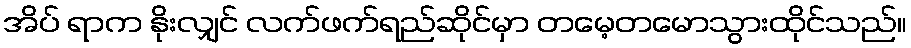
အိပ် ရာက နိုးလျှင် လက်ဖက်ရည်ဆိုင်မှာ တမေ့တမောသွားထိုင်သည်။